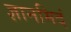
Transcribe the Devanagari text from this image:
ज्ञानमिदं